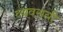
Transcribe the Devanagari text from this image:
व्यवसयी